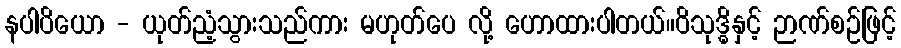
နပါပိယော - ယုတ်ညံ့သွားသည်ကား မဟုတ်ပေ လို့ ဟောထားပါတယ်။ဝိသုဒ္ဓိနှင့် ဉာဏ်စဉ်ဖြင့်